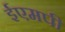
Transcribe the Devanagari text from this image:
ईएमपी